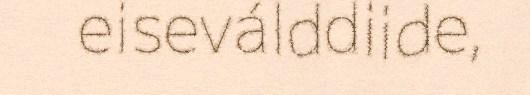
eiseválddiide,